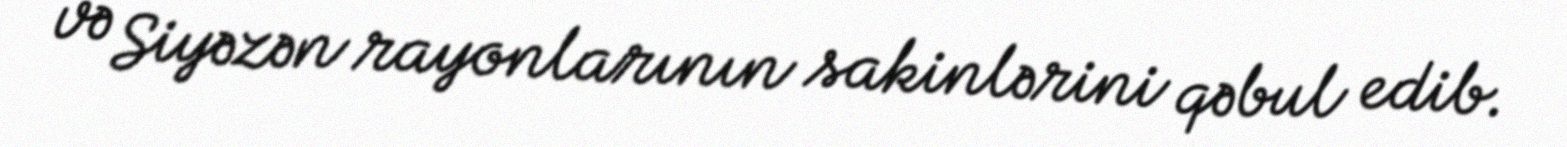
və Siyəzən rayonlarının sakinlərini qəbul edib.